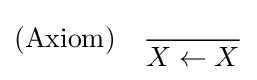
{\text{(Axiom)}}\quad {{} \over X\leftarrow X}